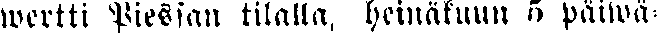
wertti Piessan tilalta, heinäkuun 5 päiwä-